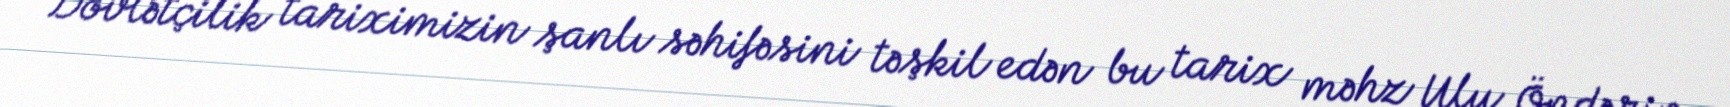
Dövlətçilik tariximizin şanlı səhifəsini təşkil edən bu tarix məhz Ulu Öndərin